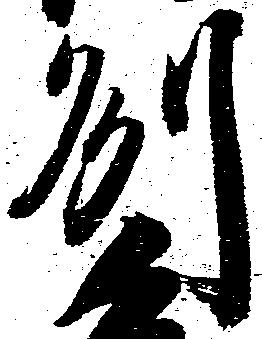
州